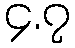
၄.၇